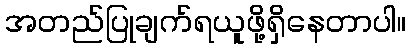
အတည်ပြုချက်ရယူဖို့ရှိနေတာပါ။